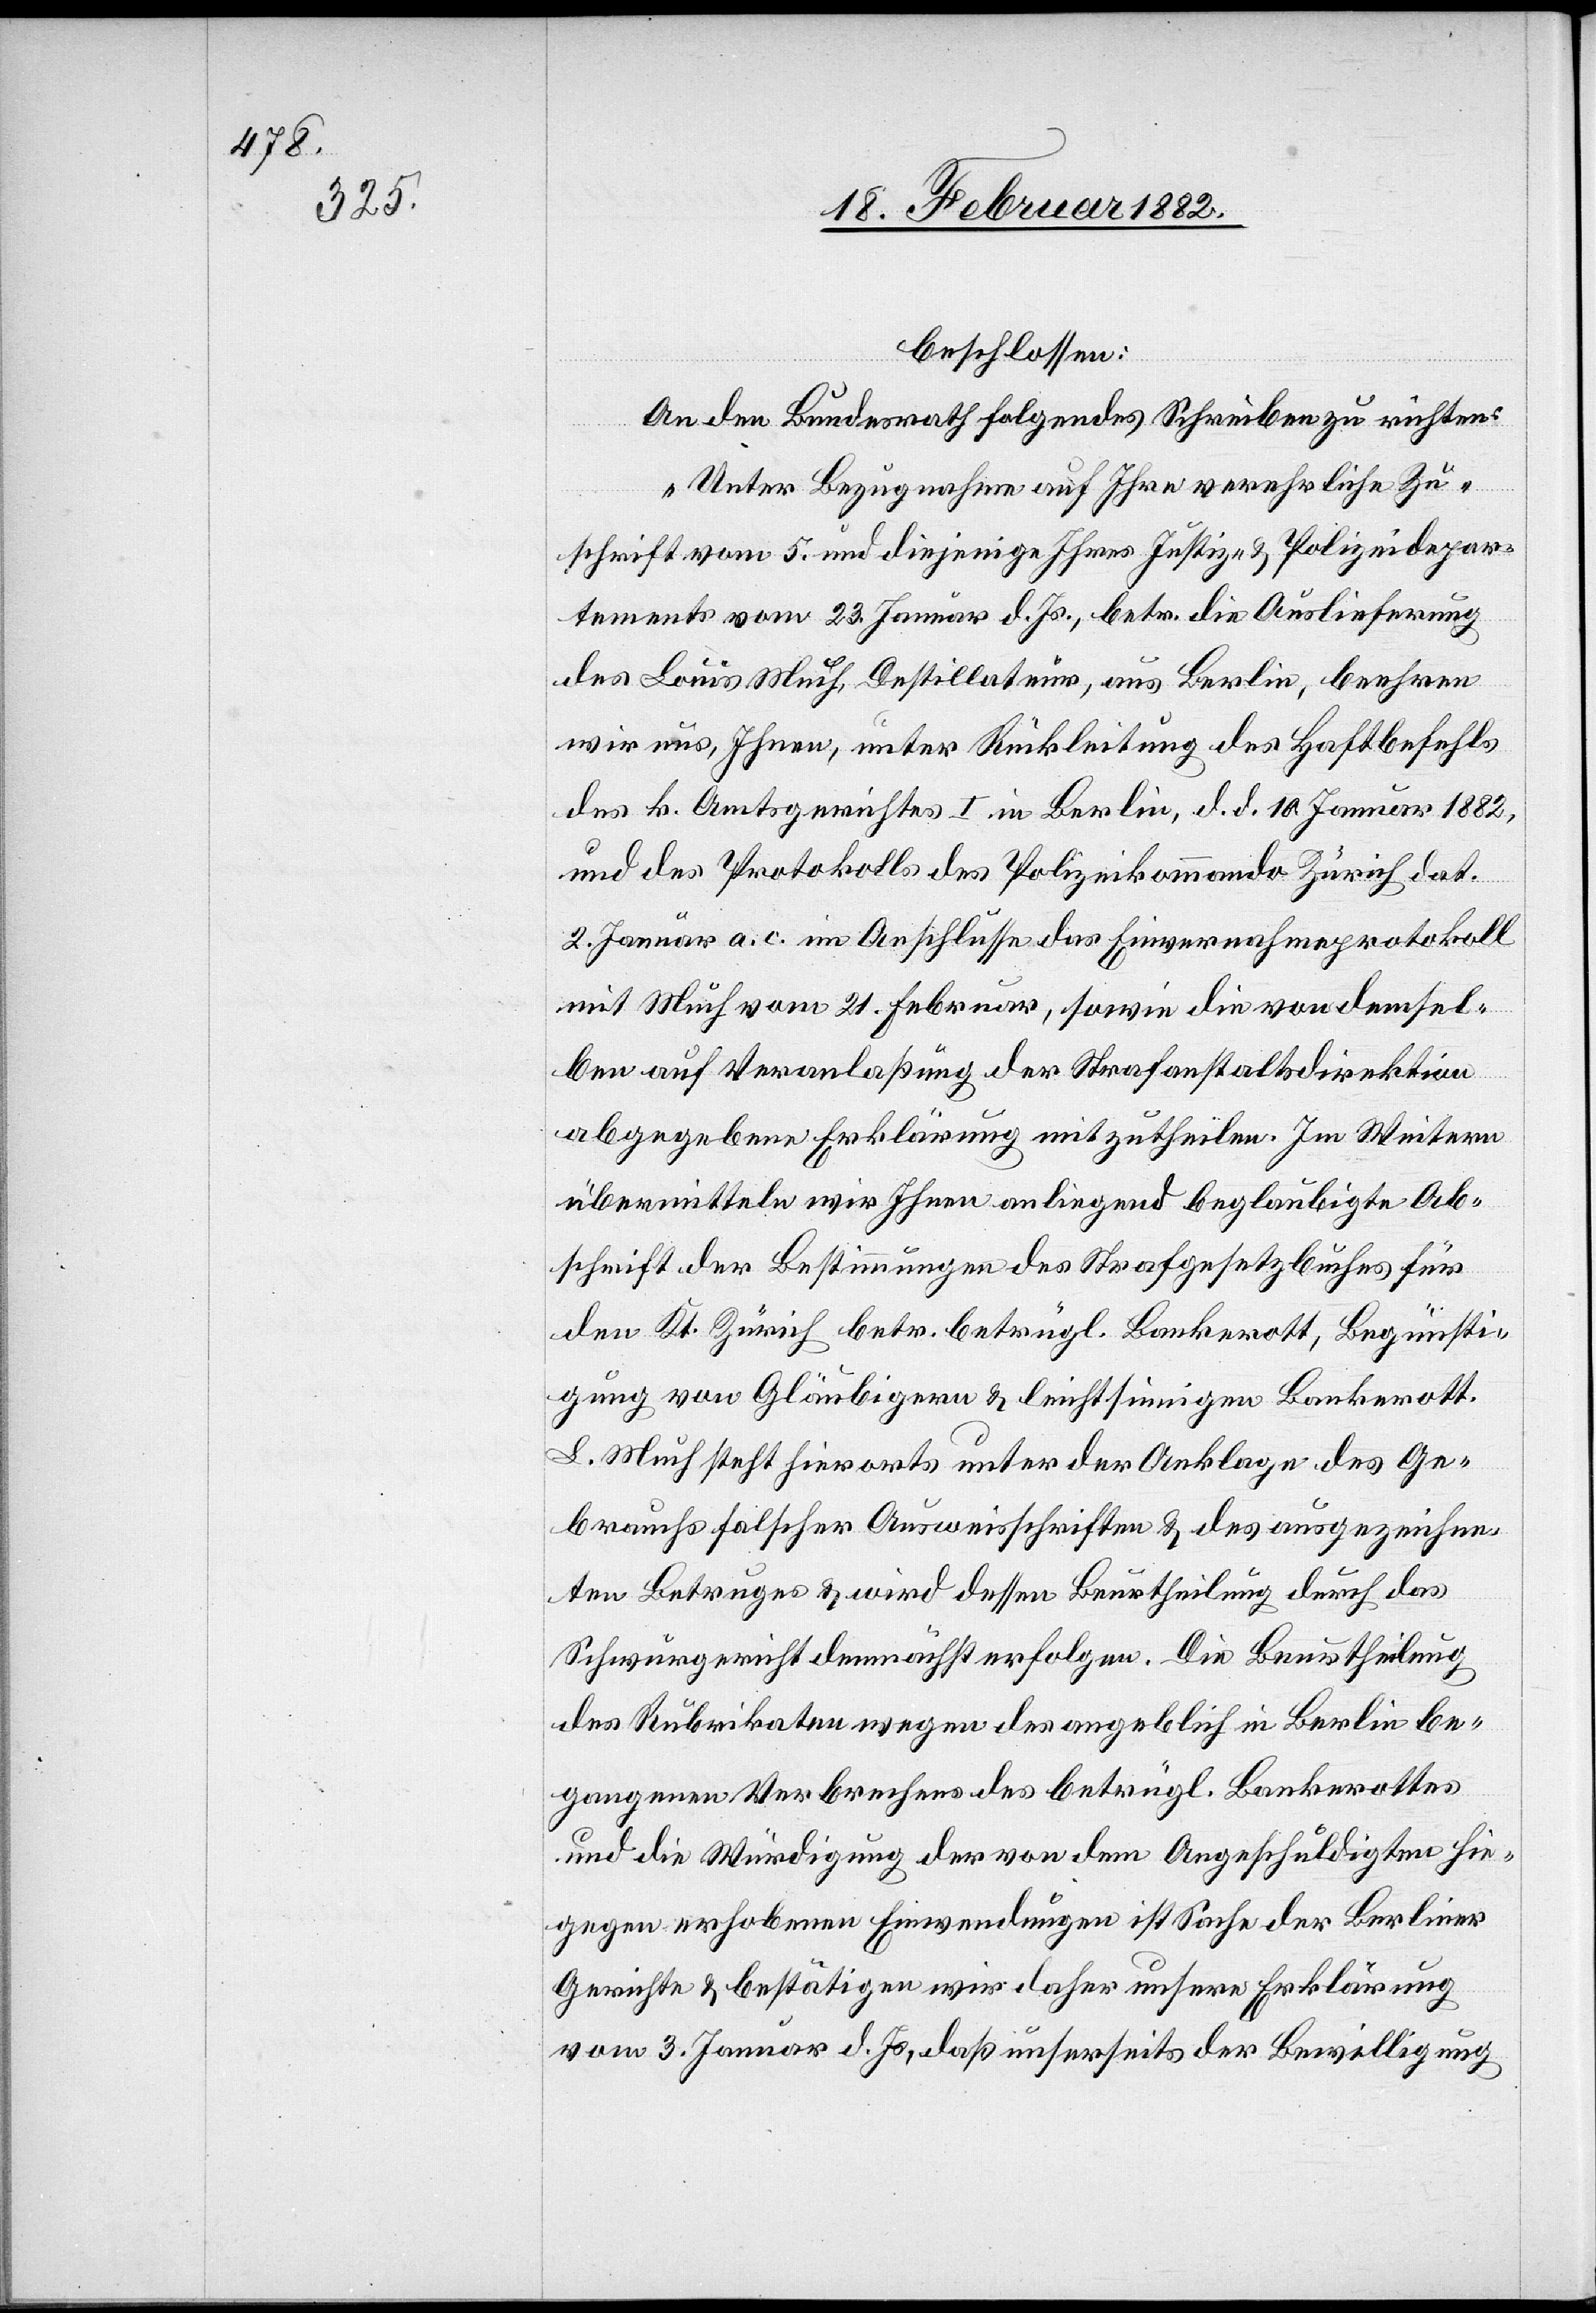
beschlossen:
An den Bundesrath folgendes Schreiben zu richten:
„Unter Bezugnahme auf Ihre verehrliche Zu¬
schrift vom 5. und diejenige Ihres Justiz- & Polizeidepar¬
tements vom 23. Januar d. Js., betr. die Auslieferung
des Louis Mech, Destillateur, aus Berlin, beehren
wir uns, Ihnen, unter Rückleitung des Haftbefehls
des k. Amtsgerichtes I in Berlin, d. d. 10. Januar 1882,
und des Protokolls des Polizeikommando Zürich dat.
2. Januar a. c. im Anschlusse des Einvernahmeprotokoll
mit Mech vom 21. Februar, sowie die von demsel¬
ben auf Veranlaßung der Strafanstaltsdirektion
abgegebenen Erklärung mit zutheilen. Im Weiteren
übermitteln wir Ihnen anliegend beglaubigte Ab¬
schrift der Bestimmung des Strafgesetzes behufs für
den Kt. Zürich betr. betrügl. Bankerott, Begünsti¬
gung von Gläubigern & leichtsinnigen Bankerott.
L. Mech steht hierorts unter der Anklage des Ge¬
brauchs falscher Ausweisschriften & des ausgezeichne¬
ten Betruges & wird dessen Beurtheilung durch das
Schwurgericht demnächst erfolgen. Die Beurtheilung
des Rubrikaten wegen des angeblich in Berlin be¬
gangenen Verbrechens der von dem Angeschuldigten
hingegen erhobenen Einwendungen ist Sache der Berliner
Gerichte & bestätigen wir daher unsere Erklärung
vom 3. Januar d. Js. daß unserseits der Bewilligung